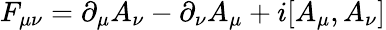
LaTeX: F_{\mu\nu}=\partial_{\mu}A_{\nu}-\partial_{\nu}A_{\mu}+i[A_{\mu},A_{\nu}]